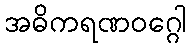
အဓိကရဏဝဂ္ဂေါ